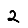
Digit: 2